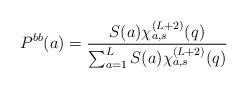
LaTeX: \begin{align*}P^{bb}(a)=\frac{S(a) \chi_{a,s}^{(L+2)}(q)}{\sum_{a=1}^L S(a) \chi_{a,s}^{(L+2)}(q)}\end{align*}